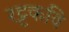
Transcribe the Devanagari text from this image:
रट्टकवि